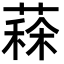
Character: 𦸸